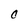
Character: 0